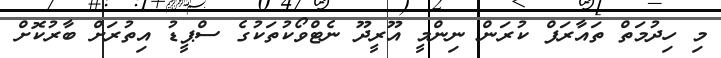
މި ހިދުމަތް ތައާރަފް ކުރަން ނިންމީ އޫރީދޫ ނެޓްވޯކުތަކުގެ ސްޕީޑު އިތުރަށް ބާރުކޮށް